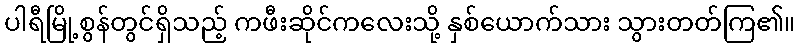
ပါရီမြို့စွန်တွင်ရှိသည့် ကဖီးဆိုင်ကလေးသို့ နှစ်ယောက်သား သွားတတ်ကြ၏။